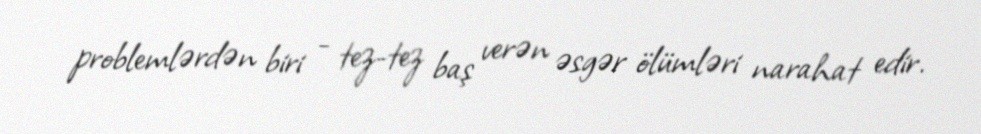
problemlərdən biri - tez-tez baş verən əsgər ölümləri narahat edir.